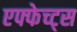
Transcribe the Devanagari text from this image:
एफ्फेच्ट्स